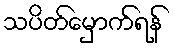
သပိတ်မှောက်ရန်